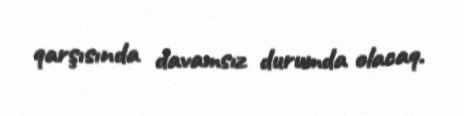
qarşısında davamsız durumda olacaq.